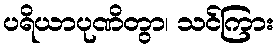
ပရိယာပုဏိတွာ၊ သင်ကြား